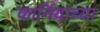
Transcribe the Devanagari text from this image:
कार्नियाच्या